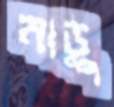
নাড়ু